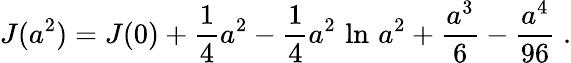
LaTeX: J(a^{2})=J(0)+{\frac{1}{4}}a^{2}-{\frac{1}{4}}a^{2}\, \ln\, a^{2}+{\frac{a^{3}}{6}}-{\frac{a^{4}}{96}}\; .